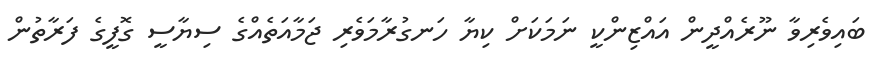
ބައިވެރިވާ ނޫރެއްދީން އައްޒިންކީ ނަމަކަށް ކިޔާ ހަނގުރާމަވެރި ޖަމާއަތެއްގެ ސިޔާސީ ގޮފީގެ ފަރާތުން